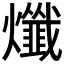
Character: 𤒯